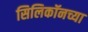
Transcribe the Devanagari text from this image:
सिलिकॉनच्या